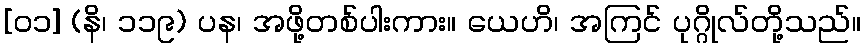
[၀၁] (နိ၊ ၁၁၉) ပန၊ အဖို့တစ်ပါးကား။ ယေဟိ၊ အကြင် ပုဂ္ဂိုလ်တို့သည်။